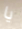
يا